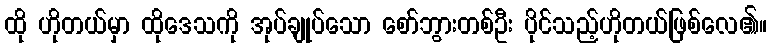
ထို ဟိုတယ်မှာ ထိုဒေသကို အုပ်ချုပ်သော စော်ဘွားတစ်ဦး ပိုင်သည့်ဟိုတယ်ဖြစ်လေ၏။